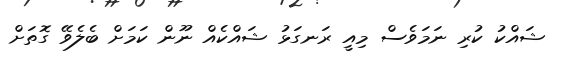
ޝައްކު ކުރި ނަމަވެސް މިއީ ރަނގަޅު ޝައްކެއް ނޫން ކަމަށް ބެލެވޭ ގޮތަށް